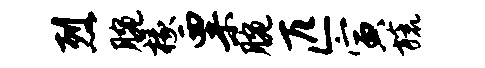
烈腕椽粟腕匹寅旒